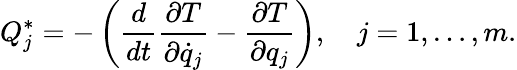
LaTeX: Q_{j}^{*}=-\left({\frac{d}{dt}}{\frac{\partial T}{\partial{\dot{q}}_{j}}}-{\frac{\partial T}{\partial q_{j}}}\right),\quad j=1,\ldots,m.